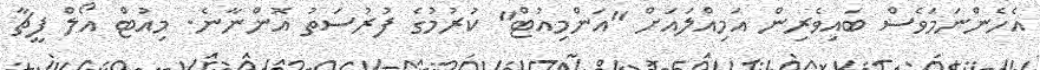
އެހެންނަމަވެސް ބައިވެރިން އަމިއްލައަށް "އަންމިއުޓް" ކުރުމުގެ ފުރުސަތު އޮންނާނެ. މިއުޓް އޯލް ފީޗާ